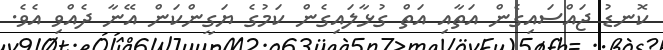
ކޮނޑު ޖައްސައިގެން އަތާއި އަތް ގުޅާލައިގެން ކަމުގެ ޔަގީންކަން އޭނާ ދެއްވި އެވެ.